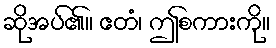
ဆိုအပ်၏။ ဧတံ၊ ဤစကားကို။